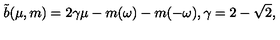
\tilde { b } ( \mu , m ) = 2 \gamma \mu - m ( \omega ) - m ( - \omega ) , \gamma = 2 - \sqrt { 2 } ,